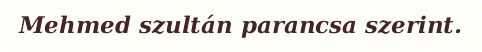
Mehmed szultán parancsa szerint.